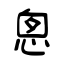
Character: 悤